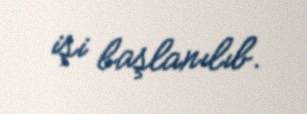
işi başlanılıb.